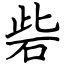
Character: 砦